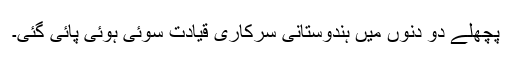
پچھلے دو دنوں میں ہندوستانی سرکاری قیادت سوئی ہوئی پائی گئی۔